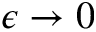
\epsilon \to 0